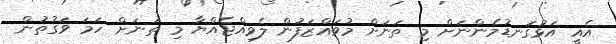
އެއީ އަޅުގަނޑުމެންނަށް މިި ތަނަށް މުވައްޒަފުން ލެވިއްޖެއްޔާ މި ތަނަށް ހަމަ ވަގުތުން